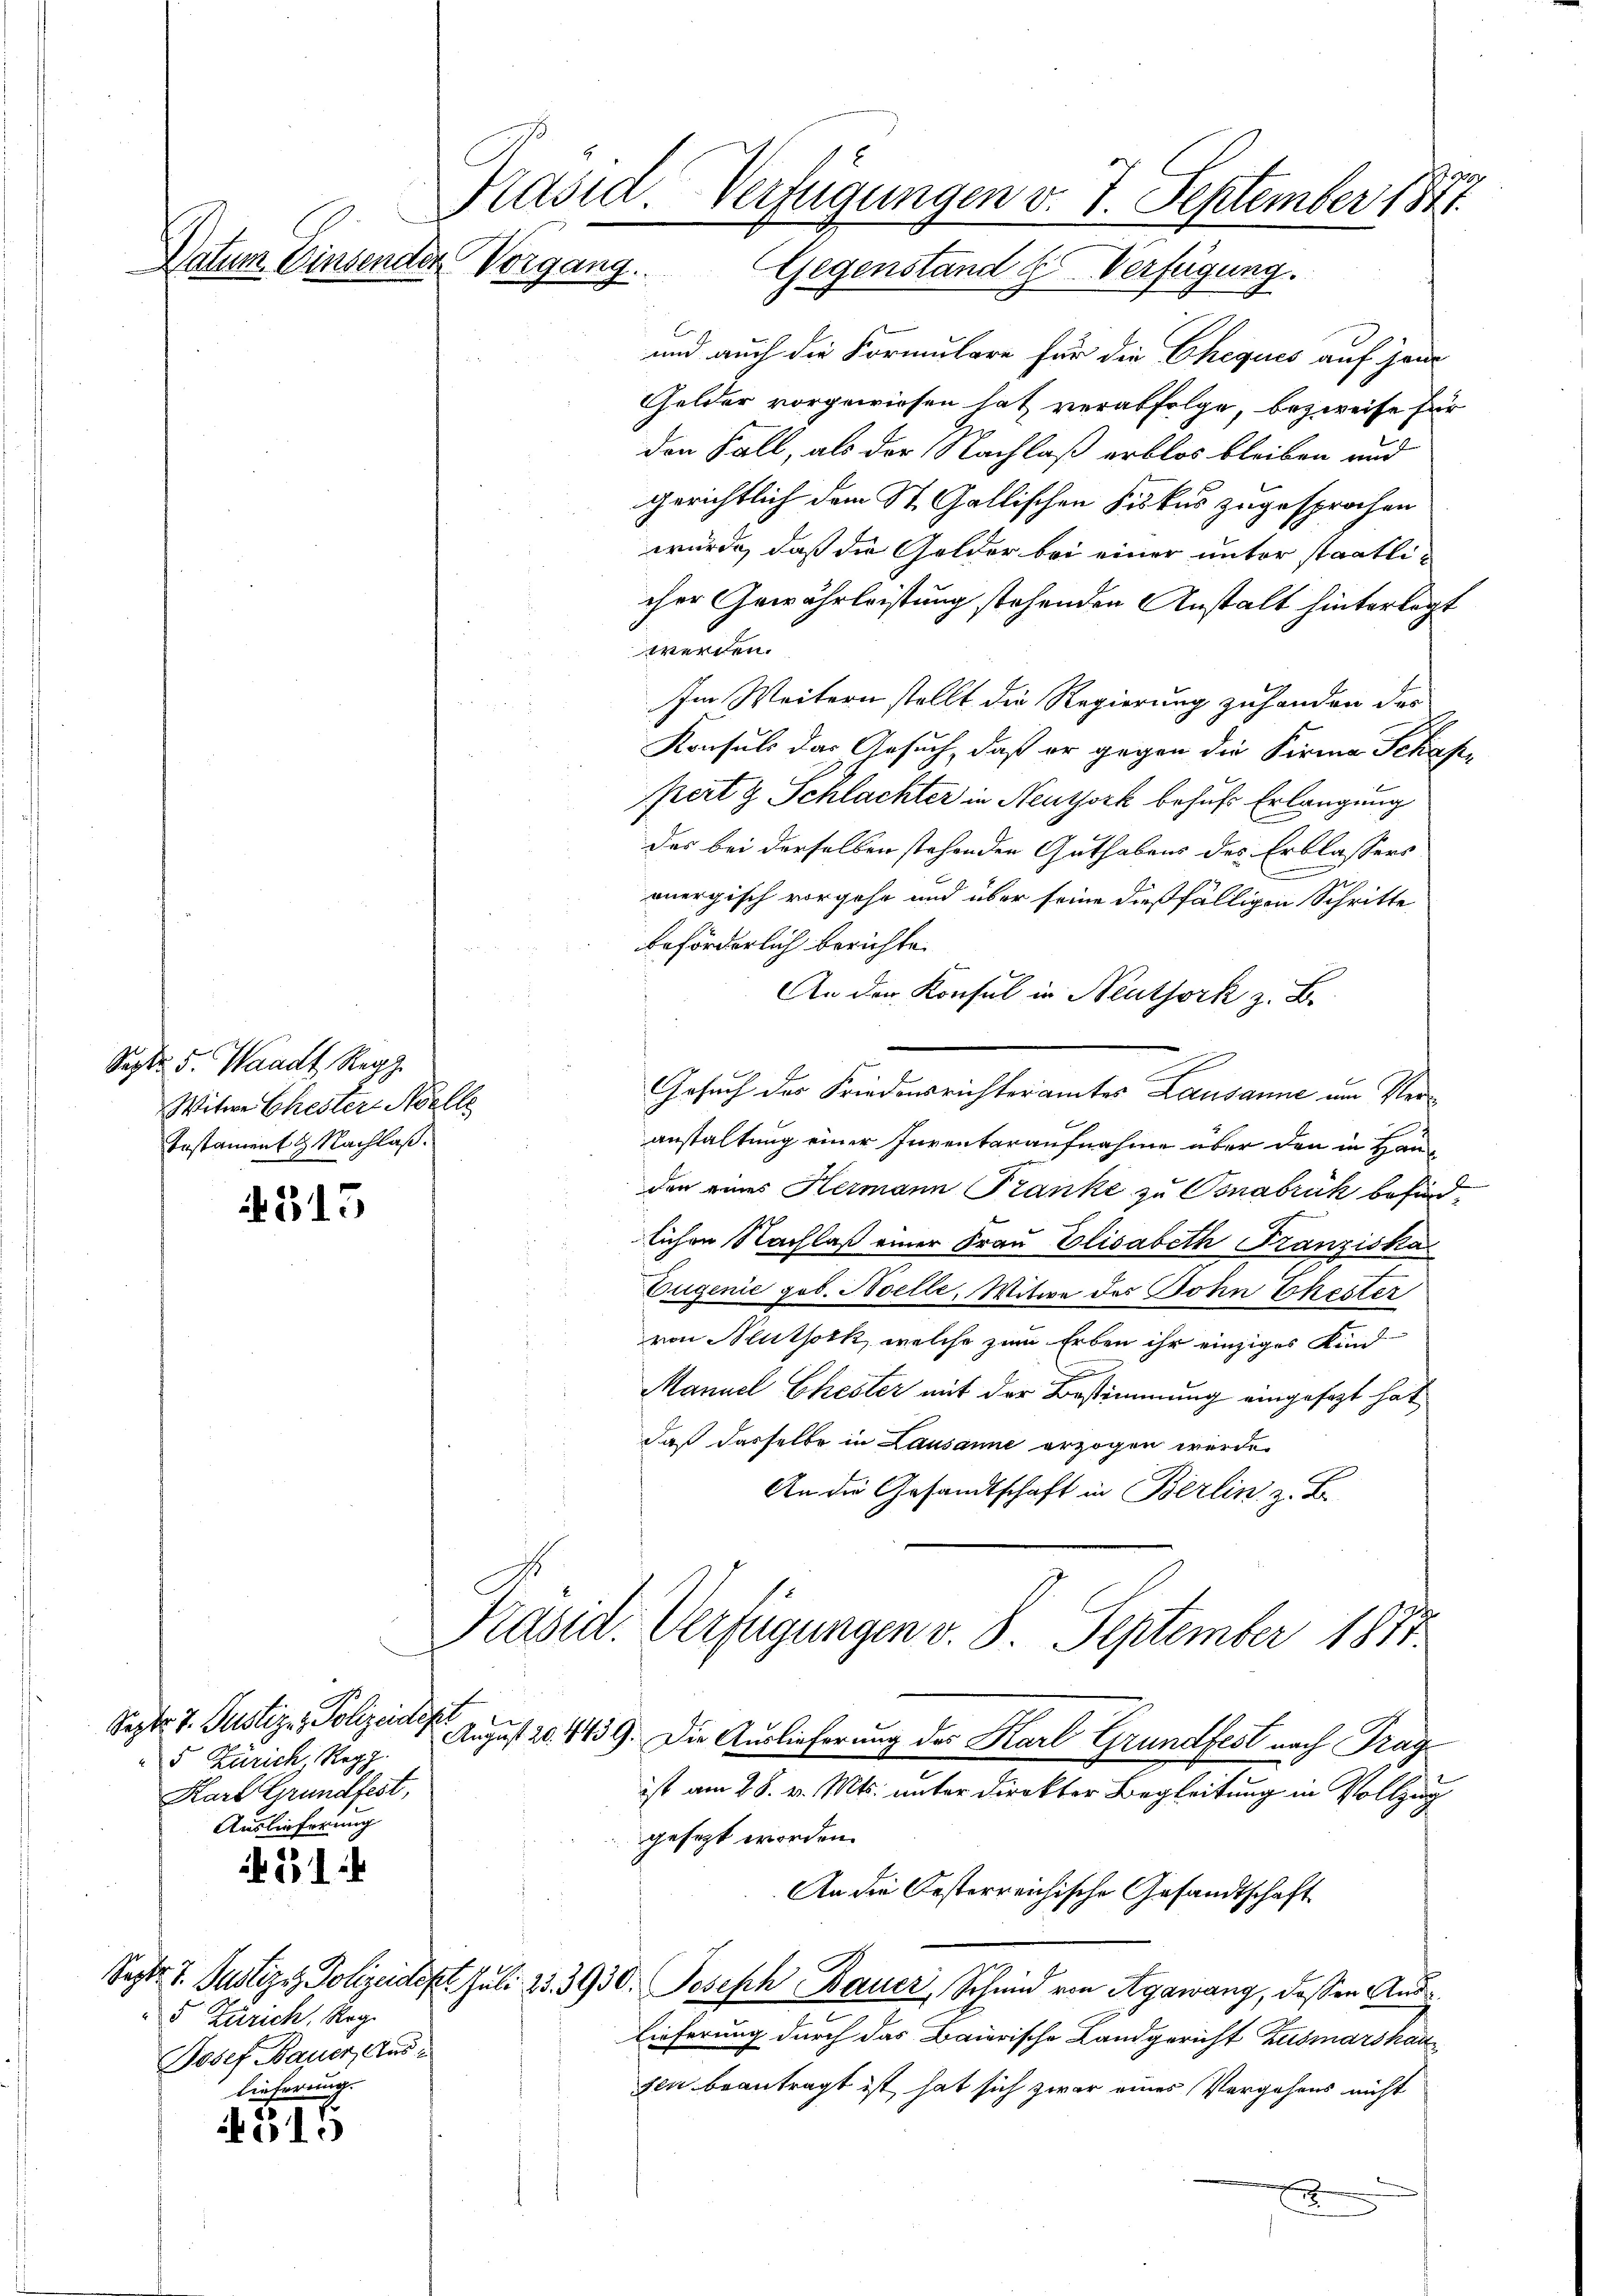
Datum Einsender Vorgang.

Sept. 5. Waadt Repp
Witwe Ehester Welle
Testament 9 Nachlaß.

515

Septe 7. Justiz- & Polizeidepr
5 Zürich, Reg
Karl Grundfest,
Auslieferung

451

5 Zürich, Reg.
Josef Bauer, Aus¬
Lieferung.

319

29
Präsid. Verfügungen v. 7. September 1841.
Gegenstand Verfügung.

s
und auch die Formulare für die Cheques auf Hande
Gelder vorgewiesen hat verabfolge, bezweife für
den Fall, als der Nachlaß erblos bleiben und
gerichtlich dem St. Gallischen Fiskus zugesprochen
wurde, daß die Golder bei einer unter staatlicher Gewährleistung stehenden Anstalt hinterlegt
werden.
Im Weitern stellt die Regierung zuhanden des
Konsuls das Gesuch, daß er gegen die Firma Schafpirt & Schlachter in Neuthork behufs Erlangung
der bei derselben stehenden Guthabens des Erblassers
.
onergisch vorgehe und über seine dießfälligen Schritte
beförderlich berichte.
An der Konsul in Neuthork z. B.
Gesuch des Friedensrichteramtes Lausanne um Veranstaltung einer Inventaraufnahme über den in Hau
den eines Hermann Franke zu Bonabrück befindlichen Nachlaß einer Frau Elisabeth Franziska
Eugenie gob. Boelle, Witwe des Sohn Ehester
von Neuthork, welche zum Erben ihr einziges Kind
.
Manuel Ehester mit der Bestimmung eingesagt hat,
daß dasselbe in Lausanne erzogen werde.
An die Gesandtschaft in Berlin z. B.

Präsid. Verfügungen v. 8. September 1873.

August 20. 1439. Die Auslieferung des Karl Grundfest nach Trag
ist am 28. v. Mts. unter Direkter Begleitung in Vollzug
gesezt worden.
Septe 7. Justiz, Polizeidet. Juli 25. 3930. Joseph Bauer, Schmid von Agawang, daß in Auslieferung durch das Baierische Landgericht Zusmarshauzen beantragt ist hat sich zwar eines Vergehens nicht
E

An die Oesterreichische Gesandtschaft